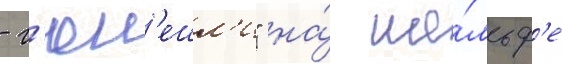
- г'юн'ешл'и" на́ ше́льф'е